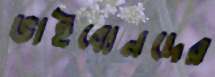
ভাইবোনদের